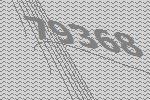
79368